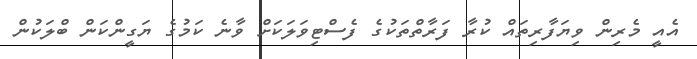
އެއީ މެރިން ވިޔަފާރިތައް ކުރާ ފަރާތްތަކުގެ ފެސްޓިވަލަކަށް ވާނެ ކަމުގެ ޔަގީންކަން ބްލަކުން